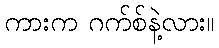
ကားက ဂက်စ်နဲ့လား။